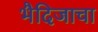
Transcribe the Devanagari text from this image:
भैदिजाचा